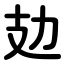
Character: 攰